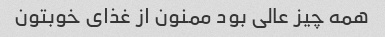
همه چیز عالی بود ممنون از غذای خوبتون